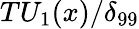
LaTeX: T{U_{1}(x)}/{{\delta}_{99}}